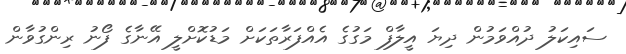
ސައިކަލު ދުއްވަމުން ދިޔަ އީލާފް މަގުގެ އެއްފަރާތަކަށް މަޑުކޮށްލީ އޭނާގެ ފޯނު ރިންގުވާން